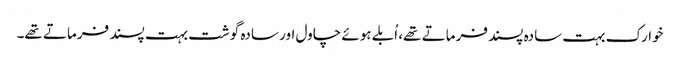
خوارک بہت سادہ پسند فرماتے تھے، اُبلے ہوئے چاول اور سادہ گوشت بہت پسند فرماتے تھے۔